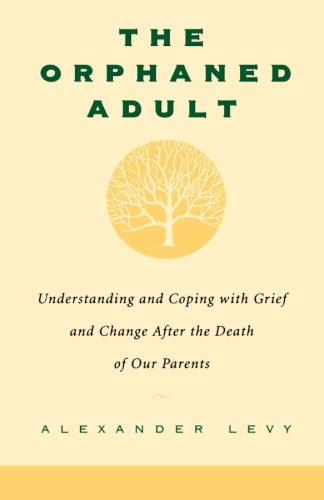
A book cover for The Orphaned Adult: Understanding And Coping With Grief And Change After The Death Of Our Parents; Alexander Levy; Self-Help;